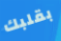
بقلبك